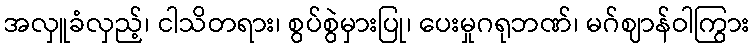
အလှူခံလှည့်၊ ငါသိတရား၊ စွပ်စွဲမှားပြု၊ ပေးမှုဂရုဘဏ်၊ မဂ်ဈာန်ဝါကြွား